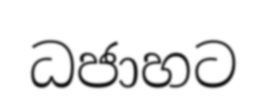
ධජාහට